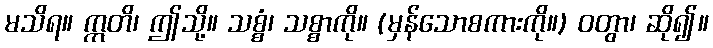
မသိရ။ ဣတိ၊ ဤသို့။ သစ္စံ၊ သစ္စာကို။ (မှန်သောစကားကို။) ဝတွာ၊ ဆို၍။